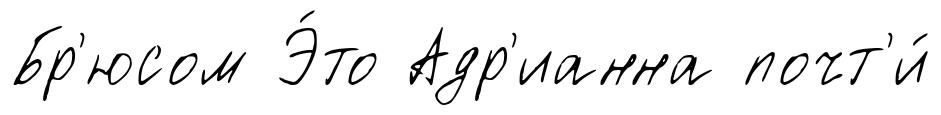
Бр'юсом Э́то Адр'ианна почт'и́